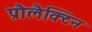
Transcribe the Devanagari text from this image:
प्रौलैक्टिन